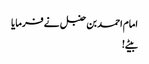
امام احمد بن حنبل نے فرمایا
بیٹے !